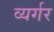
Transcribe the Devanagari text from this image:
व्यर्गर